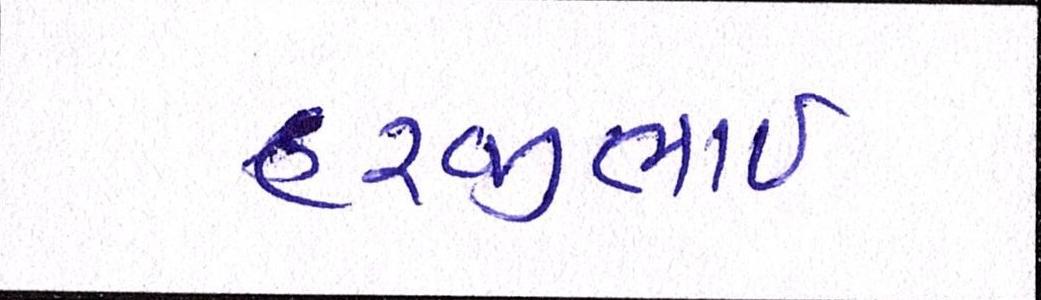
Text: હરજીભાઇ